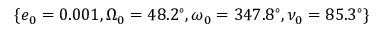
\{ e _ { 0 } = 0 . 0 0 1 , \Omega _ { 0 } = 4 8 . 2 ^ { \circ } , \omega _ { 0 } = 3 4 7 . 8 ^ { \circ } , \nu _ { 0 } = 8 5 . 3 ^ { \circ } \}